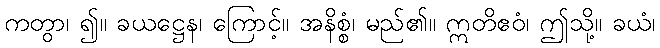
ကတွာ၊ ၍။ ခယဋ္ဌေန၊ ကြောင့်။ အနိစ္စံ၊ မည်၏။ ဣတိဧဝံ၊ ဤသို့။ ခယံ၊